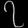
Digit: ၇